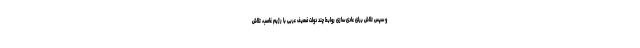
و سپس تلاش برای عادی سازی روابط چند دولت ضعیف عربی با رژیم غاصب، تلاش